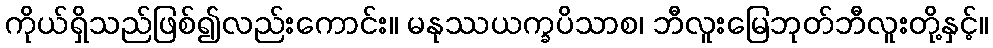
ကိုယ်ရှိသည်ဖြစ်၍လည်းကောင်း။ မနုဿယက္ခပိသာစ၊ ဘီလူးမြေဘုတ်ဘီလူးတို့နှင့်။